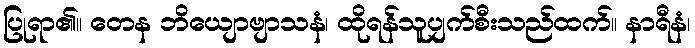
ပြုရာ၏။ တေန ဘိယျောဗျာသနံ၊ ထိုရန်သူပျက်စီးသည်ထက်။ နာရီနံ၊